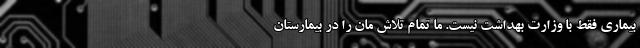
بیماری فقط با وزارت بهداشت نیست. ما تمام تلاش ‌مان را در بیمارستان